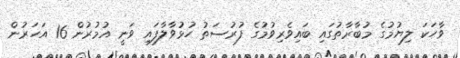
ވާހަކަ ލިޔުމުގެ މުބާރާތުގައި ބައިވެރިވުމުގެ ފުރުސަތު ހުޅުވާލާފައި ވަނީ އުމުރުން 16 އަހަރުން